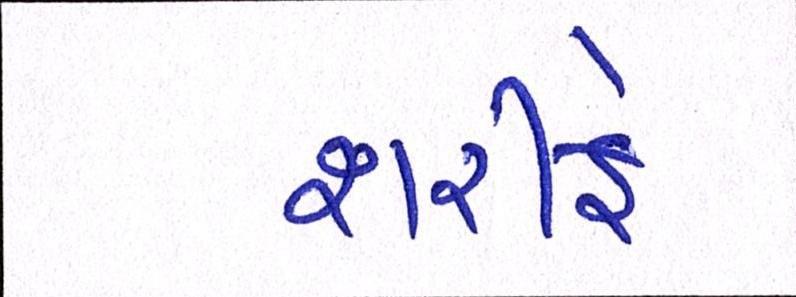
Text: શરીફે